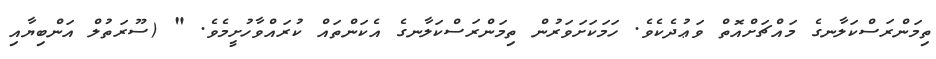
ތިމަންރަސްކަލާނގެ މައްޗަށްއޮތް ވަޢުދެކެވެ. ހަމަކަށަވަރުން ތިމަންރަސްކަލާނގެ އެކަންތައް ކުރައްވާހުށީމެވެ. " (ސޫރަތުލް އަންބިޔާއި